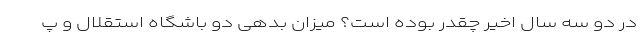
در دو سه سال اخیر چقدر بوده است؟ میزان بدهی دو باشگاه استقلال و پ